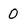
Character: 0